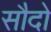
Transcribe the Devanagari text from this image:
सौदो